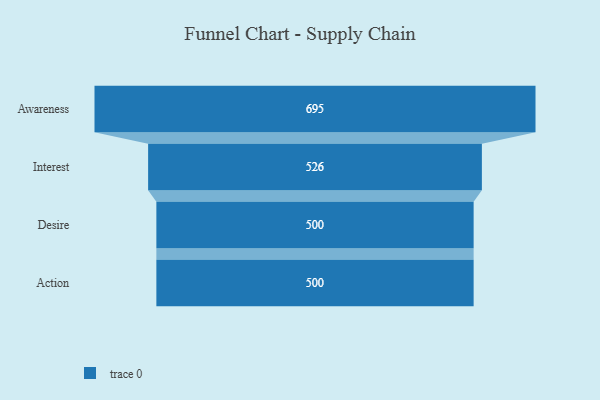
{"axis": {"x": "Stage", "y": "Value"}, "legend": [""], "data": [{"x": "Awareness", "y": 695.0, "type": ""}, {"x": "Interest", "y": 526.0, "type": ""}, {"x": "Desire", "y": 500, "type": ""}, {"x": "Action", "y": 500, "type": ""}]}